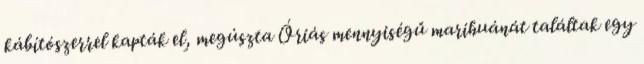
kábítószerrel kapták el, megúszta Óriás mennyiségű marihuánát találtak egy